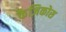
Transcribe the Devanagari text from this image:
कैज़िकोस